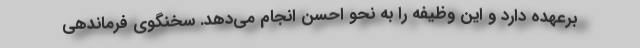
برعهده دارد و این وظیفه را به نحو احسن انجام می‌دهد. سخنگوی فرماندهی